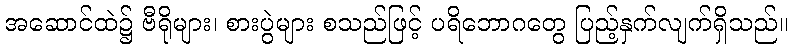
အဆောင်ထဲ၌ ဗီရိုများ၊ စားပွဲများ စသည်ဖြင့် ပရိဘောဂတွေ ပြည့်နှက်လျက်ရှိသည်။